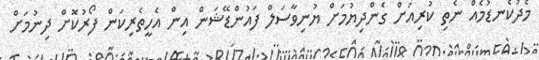
މެދުކެނޑުމެއް ނެތި ކުރިއަށް ގެންދިޔުމަށް ޔުނިވާސަލް ފައުންޑޭޝަން އިން އެހީތެރިކަން ފޯރުކޮށް ދިނުމަށް